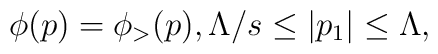
\phi(p) = \phi_{>}(p) , \Lambda/s \leq |p_{1}| \leq\Lambda,